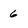
Character: 6